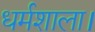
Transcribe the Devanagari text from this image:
धर्मशाला।